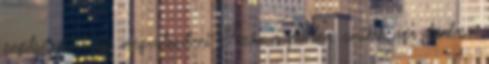
segítséggel tudta megvalósítani. Azon a ponton, amikor úgy döntesz,